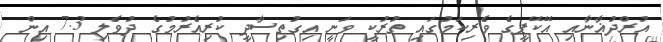
އުރްދުޣާނާއި އޭކޭޕީގެ ވެރިކަމުގައި ތުރުކީ ވަނީ އިގުތިސާދީ ކުރިއެރުމުގެ ދުވެލި 7.3 އިން